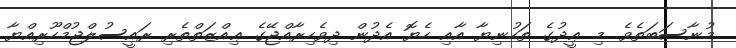
މުނާސަބަތެވެ. މި ޢީދުގެ ތަހުނިޔާ އާއި ހެޔޮ އެދުން ދިވެހިރާއްޖޭގެ ޢިއްޒަތްތެރި ރައީސުލްޖުމްހޫރިއްޔާ